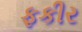
ફકીર